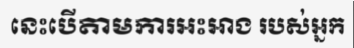
នេះបើតាមការអះអាង របស់អ្នក